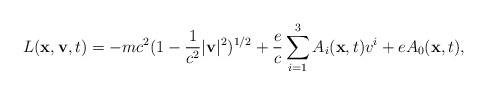
\begin{align*}L({\bf x},{\bf v},t) = - mc^{2}(1 - \frac{1}{c^{2}} |{\bf v}|^{2})^{1/2} +\frac{e}{c} \sum_{i = 1}^{3} A_{i}({\bf x},t)v^{i} + eA_{0}({\bf x},t),\end{align*}